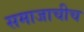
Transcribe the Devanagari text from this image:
समाजाचीच